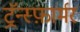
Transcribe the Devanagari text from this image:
ट्रॅन्स्फ़ार्मर